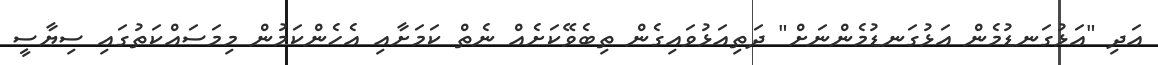
އަދި "އަޅުގަނޑުމެން އަޅުގަނޑުމެންނަށް" ދަތިއަޅުވައިގެން ތިބެވޭކަށެއް ނެތް ކަމަށާއި އެހެންކަމުން މިމަސައްކަތުގައި ސިޔާސީ